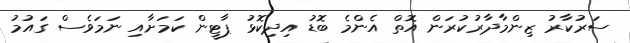
ސަރުކާރު ޒިންމާދާރުކުރަން އޮތް އެންމެ ބޮޑު އިދިކޮޅު ޕާޓީން ކަމަށާއި ނަމަވެސް ގައުމު